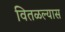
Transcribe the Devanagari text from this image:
वितळल्यास